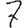
Digit: 7